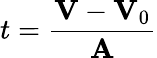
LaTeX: t={\frac{\mathbf{V}-\mathbf{V}_{0}}{\mathbf{A}}}